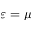
\varepsilon = \mu